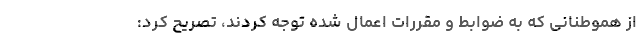
از هموطنانی که به ضوابط و مقررات اعمال شده توجه کردند، تصریح کرد: